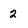
Character: 2